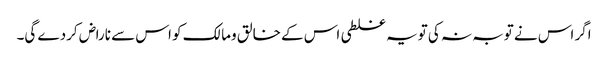
اگر اس نے توبہ نہ کی تویہ غلطی اس کے خالق ومالک کو اس سے ناراض کردے گی۔